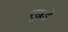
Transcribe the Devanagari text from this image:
रूखड़े